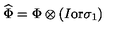
\widehat \Phi = \Phi \otimes ( I \mathrm { o r } \sigma _ { 1 } )